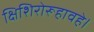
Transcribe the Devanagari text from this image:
क्षिशिरोरूहावहे।